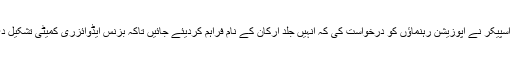
اجلاس میں اسپیکر نے اپوزیشن رہنماؤں کو درخواست کی کہ انہیں جلد ارکان کے نام فراہم کردیئے جائیں تاکہ بزنس ایڈوائزری کمیٹی تشکیل دی جاسکے۔